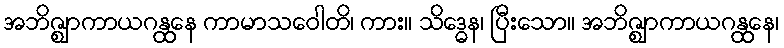
အဘိဇ္ဈာကာယဂန္ထေန ကာမာသဝေါတိ၊ ကား။ သိဒ္ဓေန၊ ပြီးသော။ အဘိဇ္ဈာကာယဂန္ထေန၊